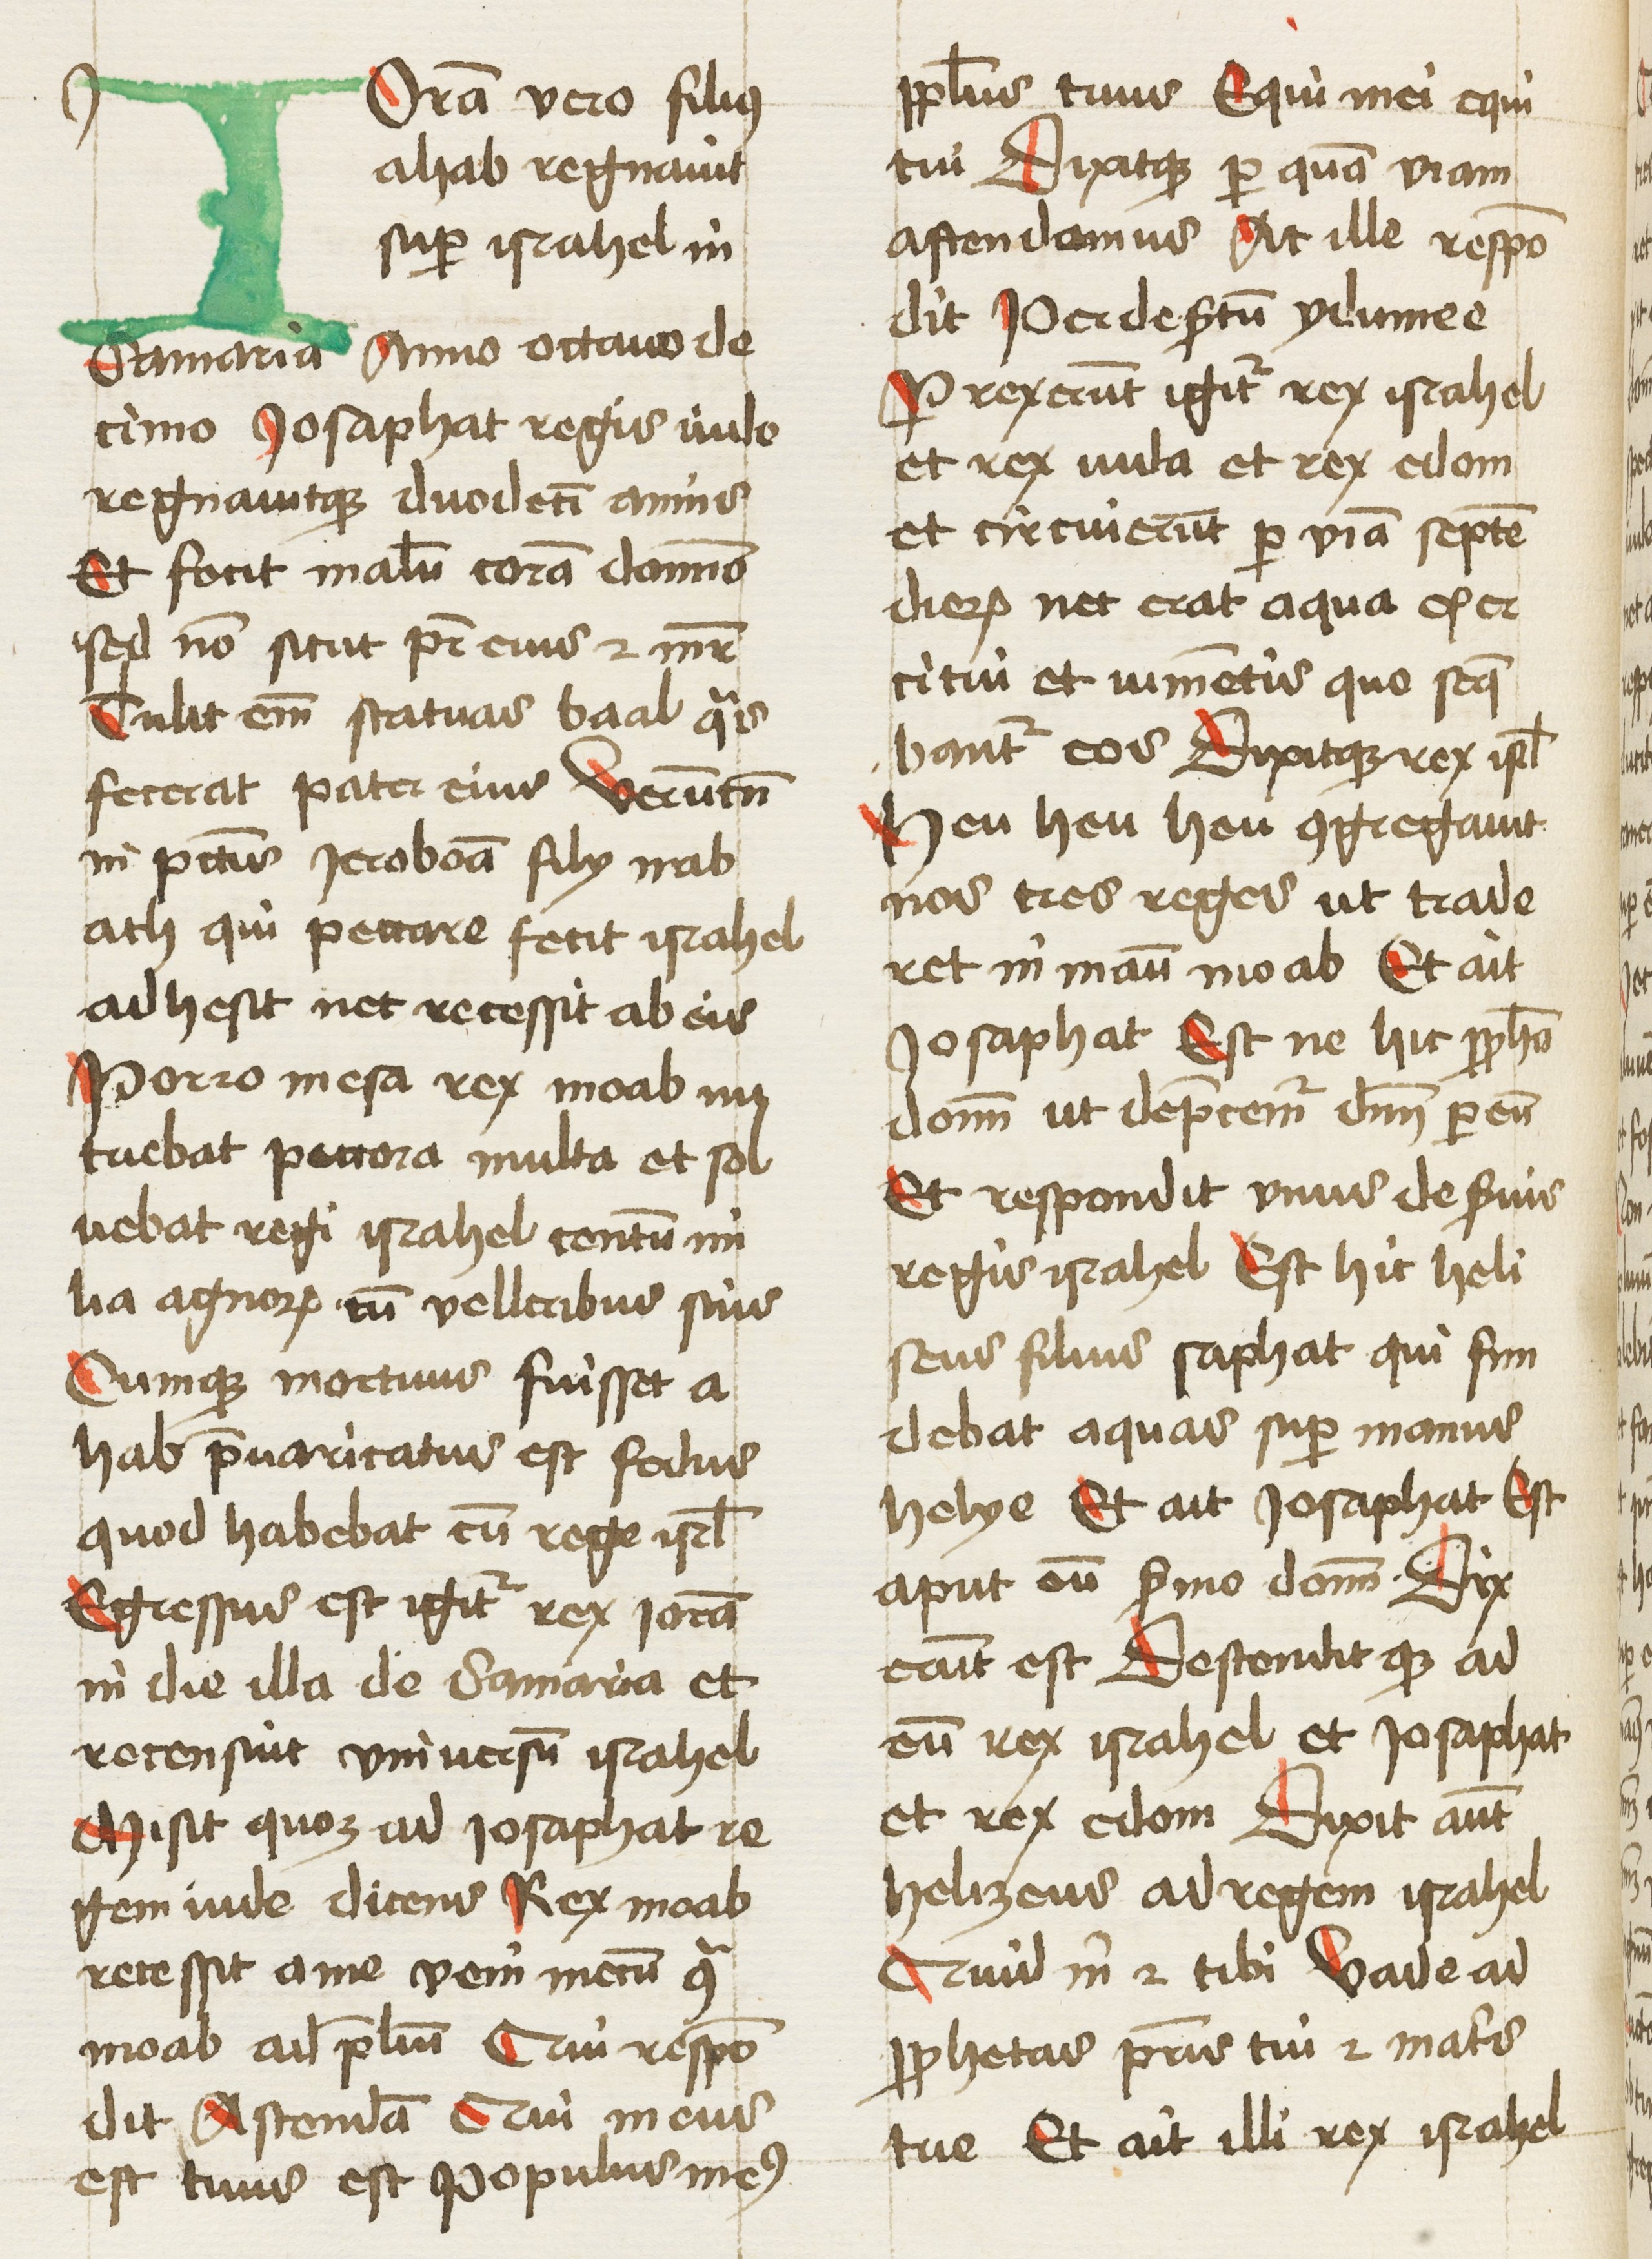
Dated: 1460–1462